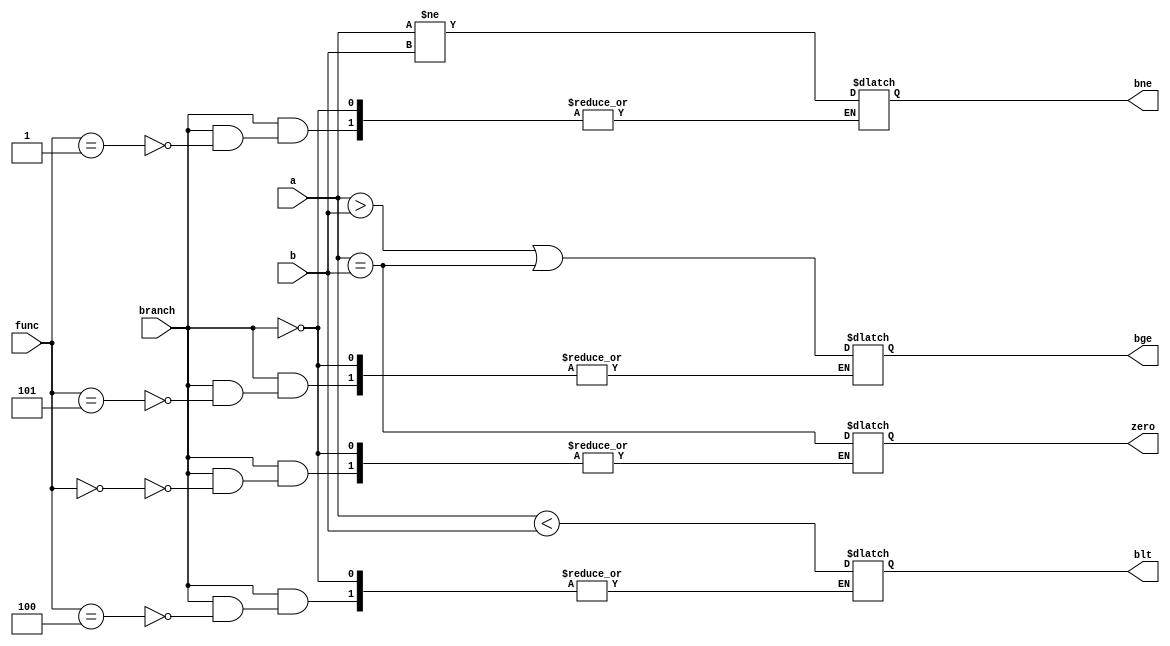
`timescale 1ns / 1ps
//////////////////////////////////////////////////////////////////////////////////
// Company: 
// Engineer: 
// 
// Design Name: 
// Module Name: branch_comparator
// Project Name: 
// Target Devices: 
// Tool Versions: 
// Description: 
// 
// Dependencies: 
// 
// Revision:
// Revision 0.01 - File Created
// Additional Comments:
// 
//////////////////////////////////////////////////////////////////////////////////


module branch_comparator(
input [2:0]func,
input branch,
input [31:0]a,
input [31:0]b,
output  reg bne,
output reg zero,
output reg blt,
output reg bge
    );
    
    always @(*)
      begin
          if(branch)
           begin
                 case(func)
                 3'b000:zero=(a==b);
                 3'b100:blt=(a<b);
                 3'b101:bge=(a>b|a==b);
                 3'b001:bne=(a!=b);
               endcase
           end
        end   
    
endmodule